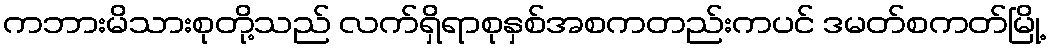
ကဘားမိသားစုတို့သည် လက်ရှိရာစုနှစ်အစကတည်းကပင် ဒမတ်စကတ်မြို့